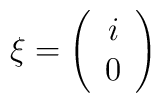
\xi =\left( \begin{array}{c}i\\0\end{array}\right)